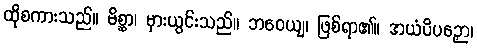
ထိုစကားသည်။ မိစ္ဆာ၊ မှားယွင်းသည်။ ဘဝေယျ၊ ဖြစ်ရာ၏။ အယံပိပဉှော၊